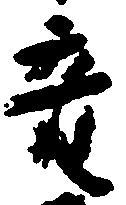
音